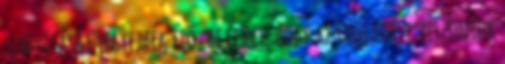
szállítását jegyezték elő, de lehet, hogy az időjárási viszonyok